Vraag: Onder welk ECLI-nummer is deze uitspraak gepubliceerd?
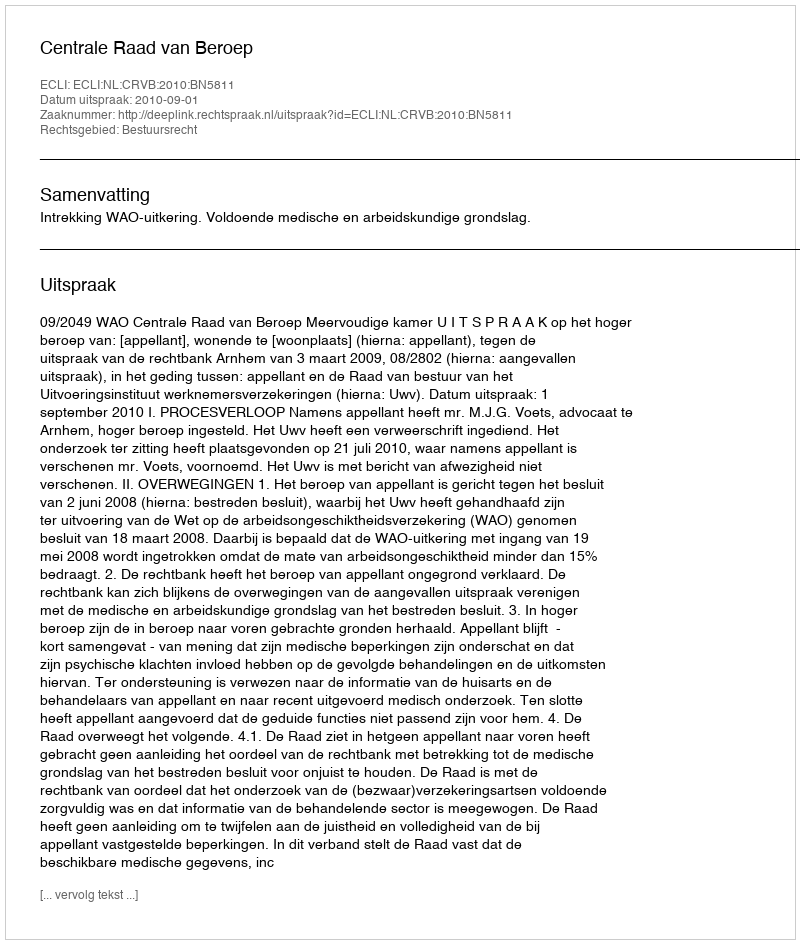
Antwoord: ECLI:NL:CRVB:2010:BN5811